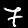
Digit: 7